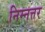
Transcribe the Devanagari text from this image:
निम्नत्तर